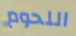
اللحوم